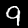
Label: 9